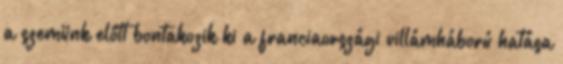
a szemünk előtt bontakozik ki a franciaországi villámháború hatása